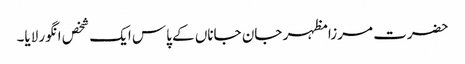
حضرت مرزا مظہر جان جاناں کے پاس ایک شخص انگور لایا۔